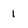
Character: 1